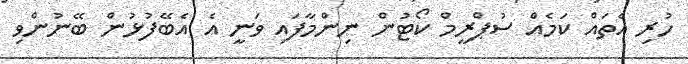
ހުރި އެތައް ކަމެއް ސުޕްރީމް ކޯޓުން ނިންމާފައި ވަނީ އެ އެބޭފުޅުން ބޭނުންވި